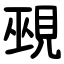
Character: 覡